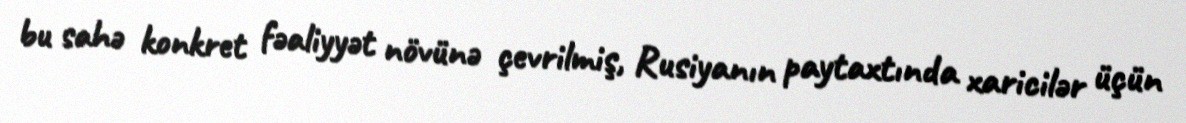
bu sahə konkret fəaliyyət növünə çevrilmiş, Rusiyanın paytaxtında xaricilər üçün